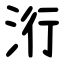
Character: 洐